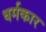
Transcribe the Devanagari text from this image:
धर्मकार